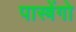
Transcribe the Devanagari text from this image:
पास्त्रेंगो